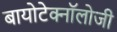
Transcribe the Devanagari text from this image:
बायोटेक्नॉलोजी